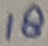
Text: 18